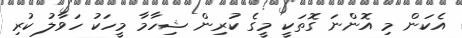
އެކަން މި އޮންނަ ގޮތަކީ މީގެ ކުރިން ޝިހާމާ މީހަކު ހަވާލު ކުރި